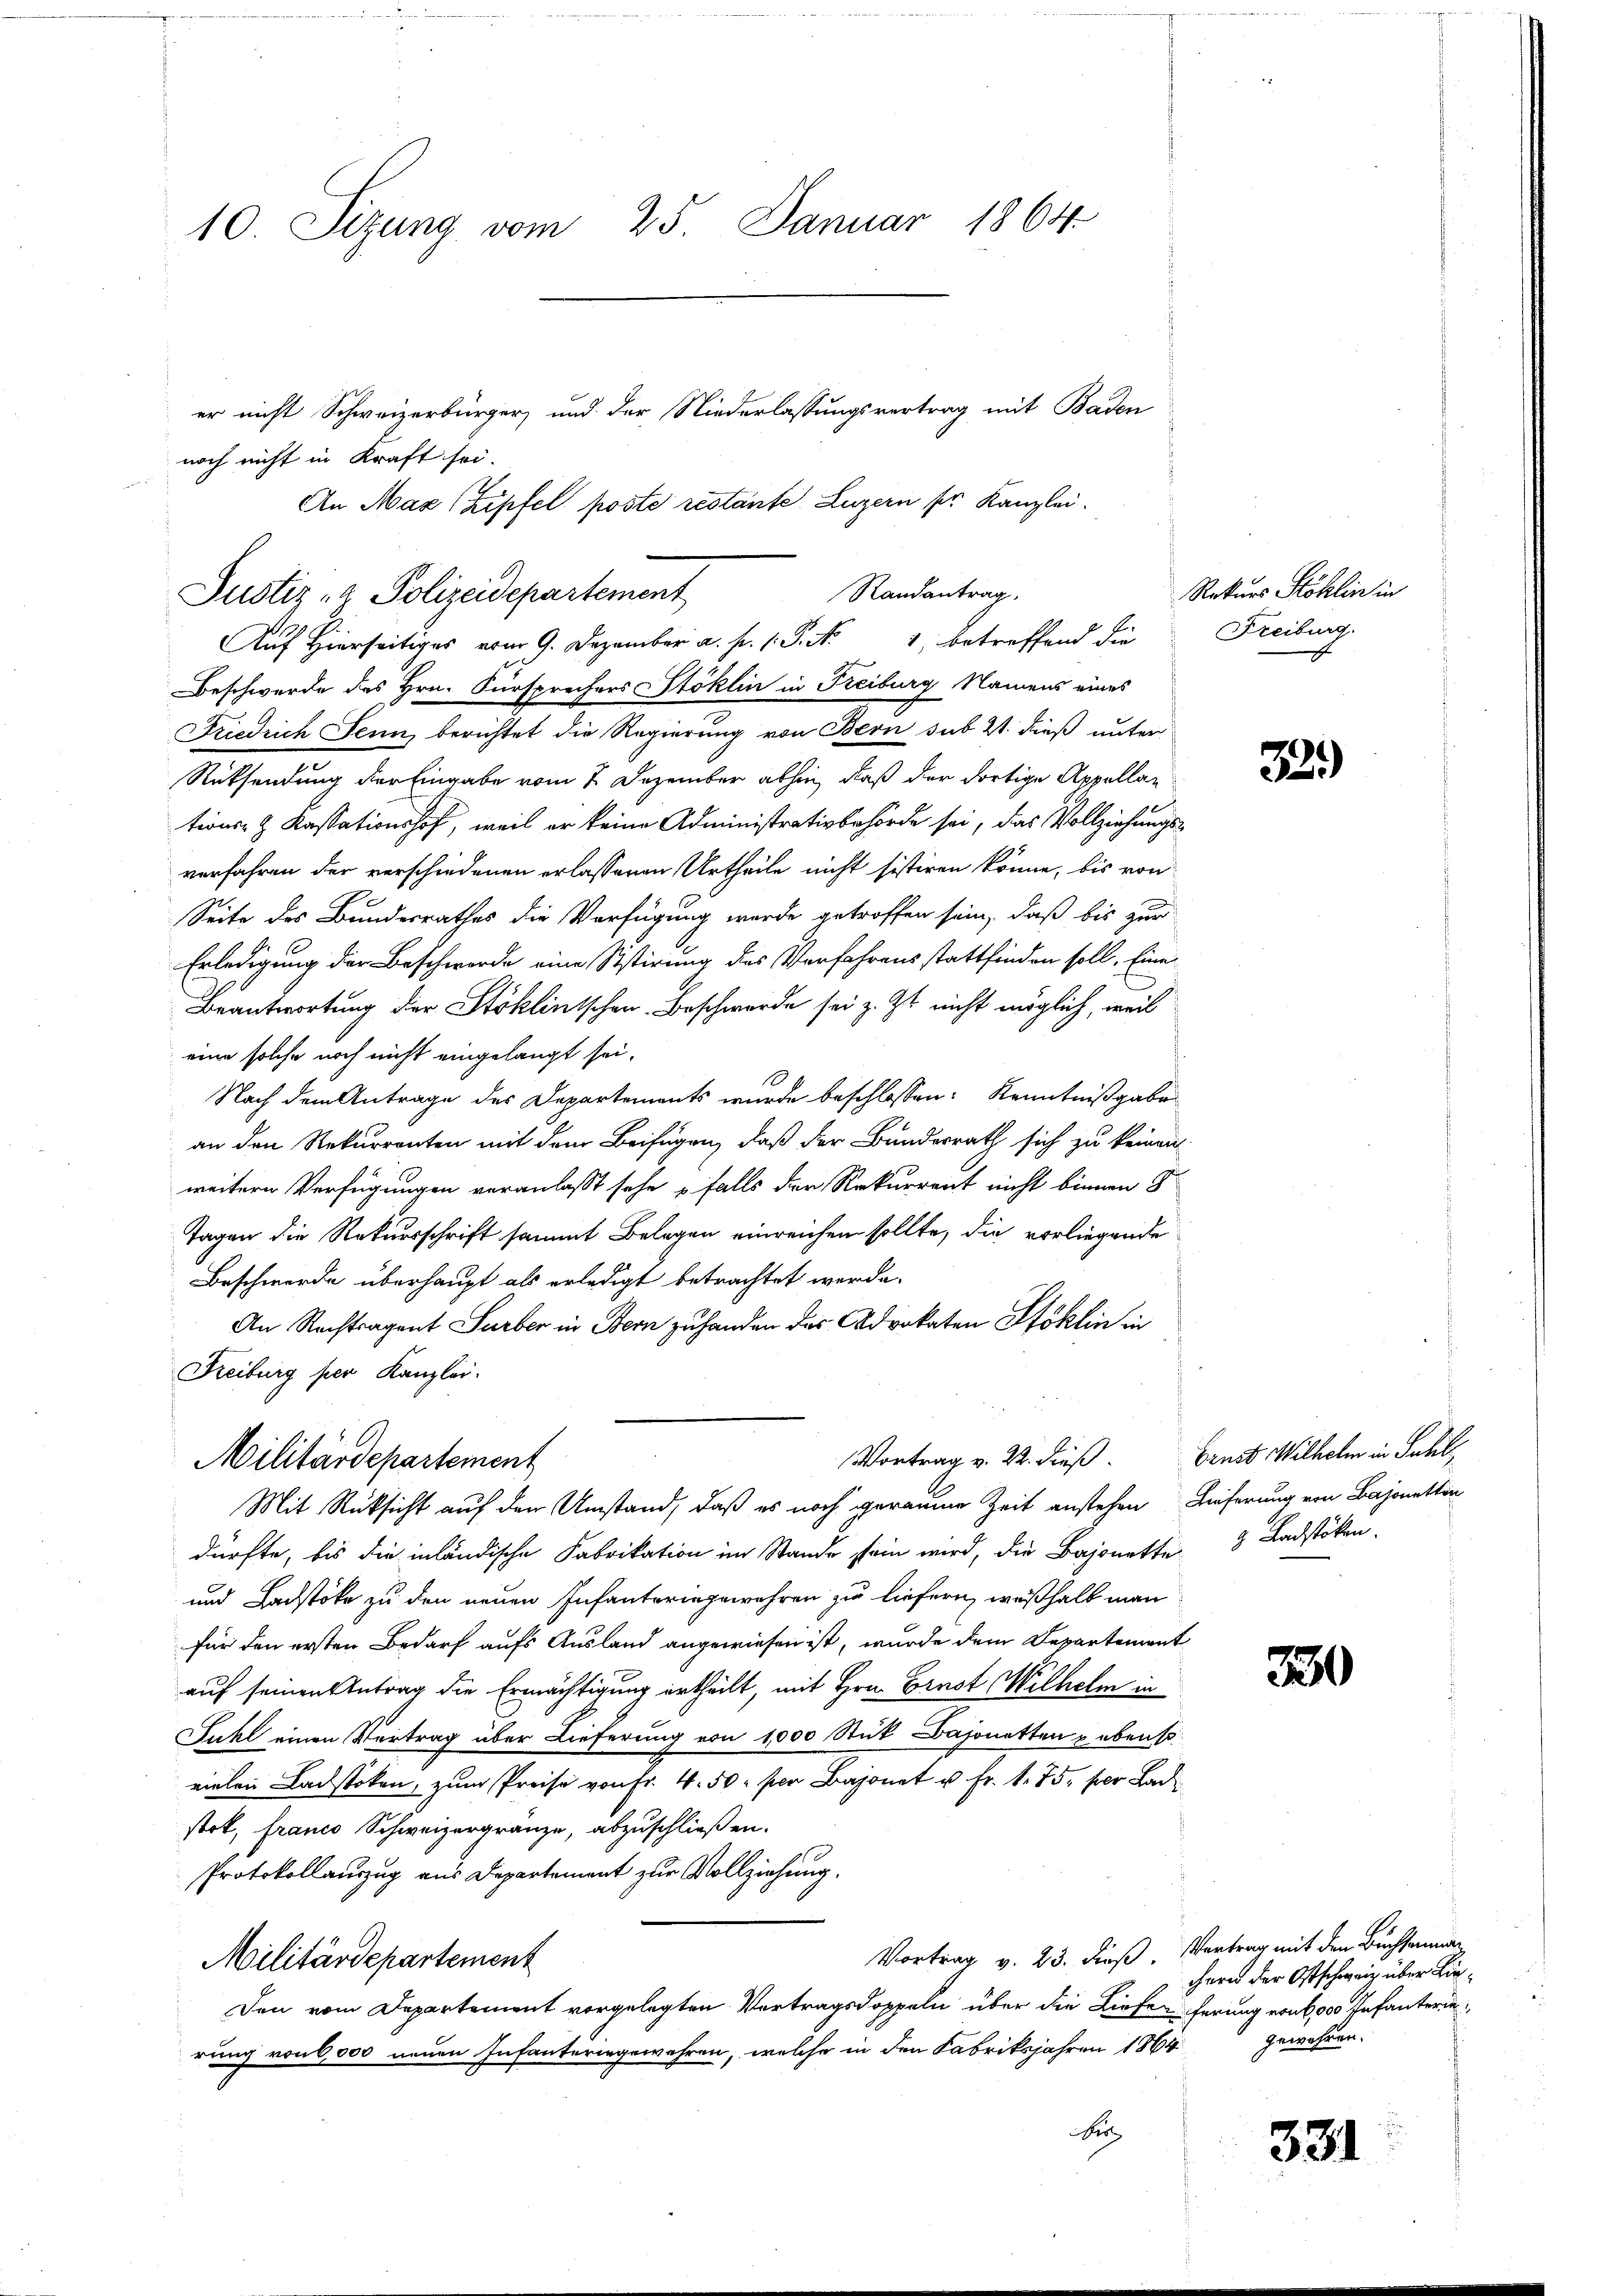
An Max (Kipfel poste restante. Luzern ser Kanzlei-

10. Sizung vom 25. Januar 1864
er nicht Schweizerbürger, und der Niederlassungsvertrag mit Baden
noch nicht in Kraft sei.

Randantrag.
Justiz- & Polizeidepartement
p Er
Auf Hierseitiges vom 9. Dezember a. p. 1. P. Nr. 4, betreffend die

Beschwerde des Hrn. Fürsprechers Stoklin in Freiburg Namens eines
Friedrich Jenn, berichtet die Regierung von Bern sub 21. dieß unter
Rücksendung der Eingabe vom 2. Dezember abhin, daß der dortige Appellan
tions- & Kassationshof, weil er keine Administrativbehörde sei, das Vollziehungs-
verfahren der verschiedenen erlassenen Urtheile nicht sistiren könne, bis von
Seite des Bundesrathes die Verfügung werde getroffen sein, daß bis zur
Erledigung der Beschwerde eine Sistirung des Verfahrens stattfinden soll, Eine
Beantwortung der Stoklintschen Beschwerde sei z. Zt. nicht möglich, weil
eine solche noch nicht eingelangt sei.
Nach dem Antrage des Departements wurde beschlossen: Kenntnißgabe
an den Rekurrenten mit dem Beifügen, daß der Bundesrath sich zu keinen
weitern Verfügungen veranlasst sehe u falls der Rekurrent nicht binnen 8
Tagen die Rekursschrift sammt Belegen einreichen sollte, die vorliegende
Beschwerde überhaupt als erledigt betrachtet werde.
An Rechtragent Surber in Bern zu handen des Advokaten Stoklin in
Freiburg per Kanzlei.
Vortrag v. 22. dieß. Ernst Wilhelm in Fall,
Militärdepartement
Mit Rücksicht auf den Umstand, daß es noch geraume Zeit anstehen Lieferung von Bajonettin
dürfte, bis die inländische Fabrikation im Stande sein wird, die Bajonette 3 Ladstöken
und Ladstoke zu den neuen Infanteringewehren zu liefern, weßhalb man
für den ersten Bedarf aufs Ausland angewiesen ist, wurde dem Departement
auf seinen Antrag die Ermächtigung ertheilt, mit Hrn. Ernst Wilhelm in
Juhl einen Vertrag über Lieferung von 1000 Stück Bajonetten u ebensovielen Ladstoken, zum Preise von Fr. 4. 50 per Bajonet u. Fr. 1. 75, per Lad
stot, franco Schweizergränze, abzuschließen.
Protokollauszug aus Departement zur Vollziehung.
Vortrag v. 23. dieß, Vertrag mit den Buchsammen
Militärdepartement
Den vom Departement vorgelegten Vortragsdoppeln über die Liefen herung von 6000 Infanterie
rung von 6,000 neuen Infanturingewehren, welche in den Fabriksjahren 1864
Her

Rekurs Stöhlin in
Freiburg.

33.)

230

chern der Ostschweiz über Liegewähren.

331